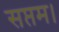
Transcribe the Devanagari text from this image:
सप्तम।